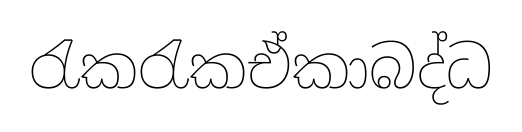
රැකරැකඒකාබද්ධ